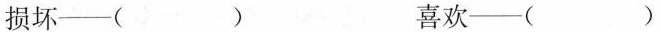
损坏--（） 喜欢--（）